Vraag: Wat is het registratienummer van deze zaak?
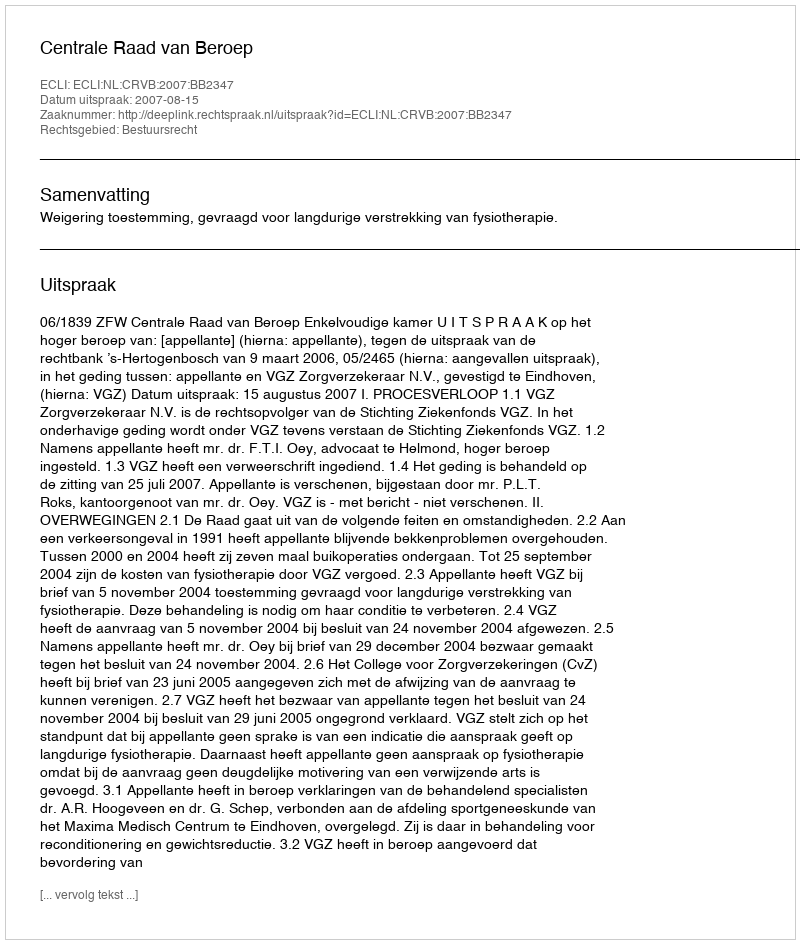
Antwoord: http://deeplink.rechtspraak.nl/uitspraak?id=ECLI:NL:CRVB:2007:BB2347